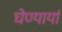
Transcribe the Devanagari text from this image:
घेण्यार्या